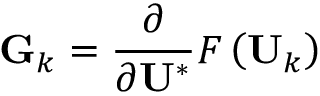
\mathbf { G } _ { k } = \frac { \partial } { \partial \mathbf { U } ^ { * } } F \left( \mathbf { U } _ { k } \right)